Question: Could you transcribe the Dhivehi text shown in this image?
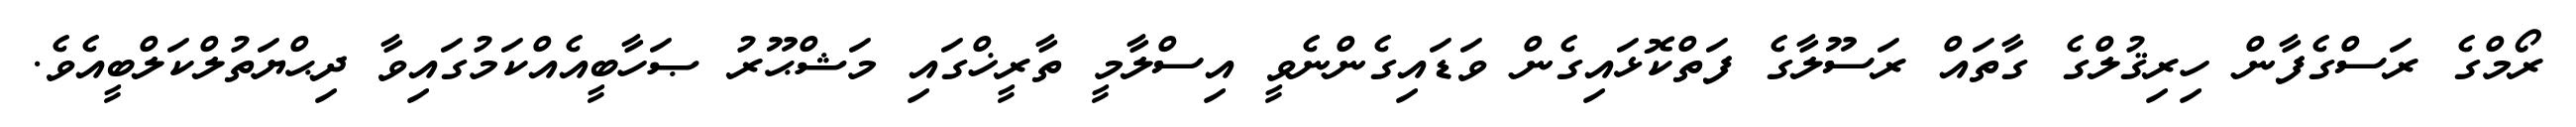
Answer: ރޯމްގެ ރަސްގެފާން ހިރިޤުލްގެ ގާތައް ރަސޫލާގެ ފަތްކޮޅައިގެން ވަޑައިގެންނެވީ އިސްލާމީ ތާރީޚްގައި މަޝްޙޫރު ޞަހާބީއެއްކަމުގައިވާ ދިޙްޔަތުލްކަލްބީއެވެ.